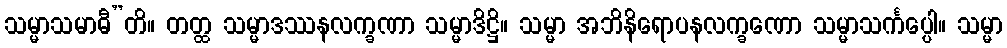
သမ္မာသမာဓီ”တိ။ တတ္ထ သမ္မာဒဿနလက္ခဏာ သမ္မာဒိဋ္ဌိ။ သမ္မာ အဘိနိရောပနလက္ခဏော သမ္မာသင်္ကပ္ပေါ။ သမ္မာ